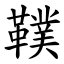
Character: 䪁